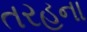
તરહના